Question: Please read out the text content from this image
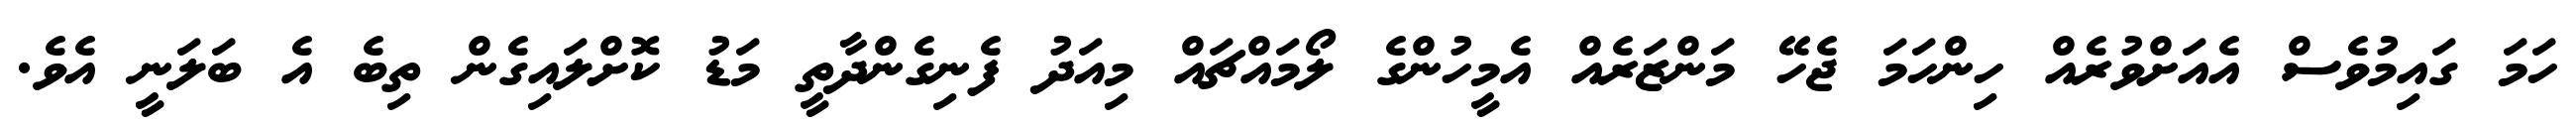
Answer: ހަމަ ގައިމުވެސް އެއަށްވުރެއް ހިންހަމަ ޖެހޭ މަންޒަރެއް އެމީހުންގެ ލޯމައްޗައް މިއަދު ފެނިގެންދާތީ މަޑު ކޮށްލައިގެން ތިބެ އެ ބަލަނީ އެވެ.